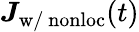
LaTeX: \boldsymbol J_{\mathrm{w/~nonloc}}(t)